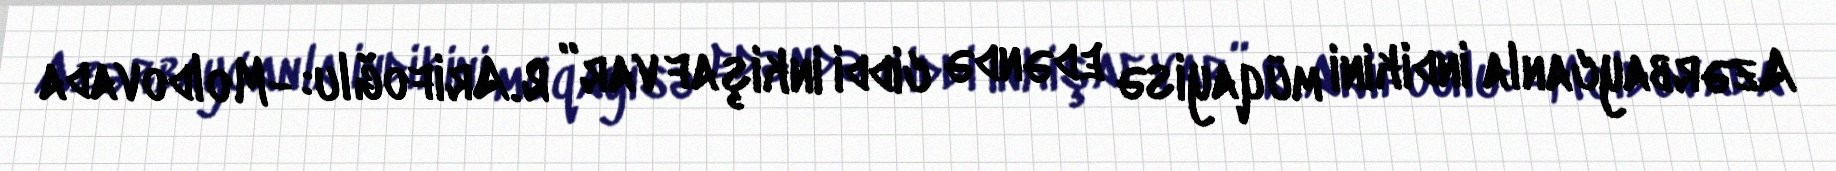
Azərbaycanla indikini müqayisə edəndə ciddi inkişaf var” R.Arifoğlu: -Moldovada